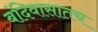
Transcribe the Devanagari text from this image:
बंदिवासातच